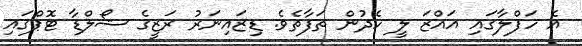
އެ ހަފްލާގައި އައްޒަ ލީ ހެދުން ތަފާތެވެ. ޑިޒައިނަރު ރަޒީގެ ޝޯލްޑާ ޓޮޕްގައި